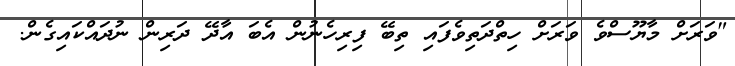
"ވަރަށް މާޔޫސްވެ ވަރަށް ހިތްދަތިވެފައި ތިބޭ ފިރިހެނުން އެބަ އާދޭ ދަރިން ނުދައްކައިގެން.